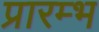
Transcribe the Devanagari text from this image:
प्रारम्भ